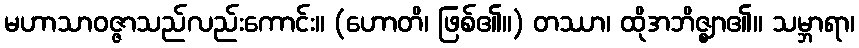
မဟာသာဝဇ္ဇာသည်လည်းကောင်း။ (ဟောတိ၊ ဖြစ်၏။) တဿာ၊ ထိုအဘိဇ္ဈာ၏။ သမ္ဘာရာ၊